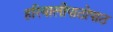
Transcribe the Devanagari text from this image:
हरियालीपाठोपाठ